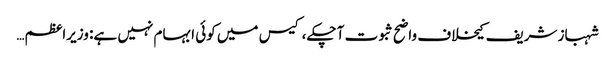
شہباز شریف کیخلاف واضح ثبوت آ چکے، کیس میں کوئی ابہام نہیں ہے: وزیراعظم…